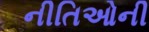
નીતિઓની